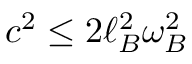
c ^ { 2 } \leq 2 \ell _ { B } ^ { 2 } \omega _ { B } ^ { 2 }